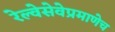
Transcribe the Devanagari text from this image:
रेल्वेसेवेप्रमाणेच